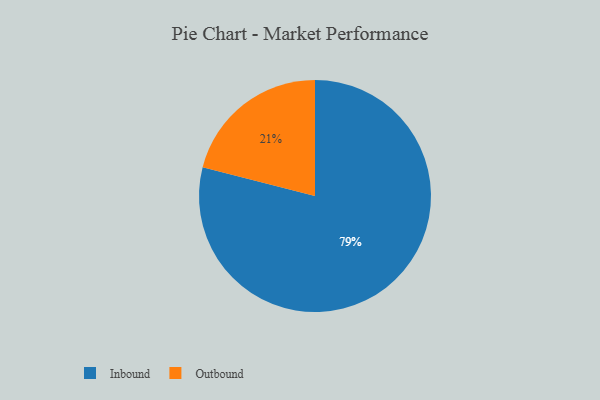
{"axis": {"x": "Category", "y": "Percentage"}, "legend": ["Inbound", "Outbound"], "data": [{"x": "Outbound", "y": 21, "type": "Outbound"}, {"x": "Inbound", "y": 79, "type": "Inbound"}]}